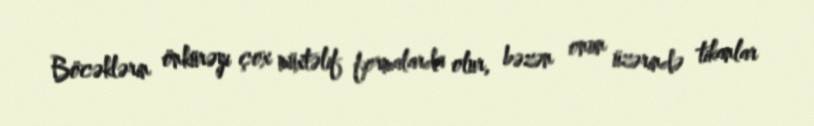
Böcəklərin önkürəyi çox müxtəlif formalarda olur, bəzən onun üzərində tikanlar